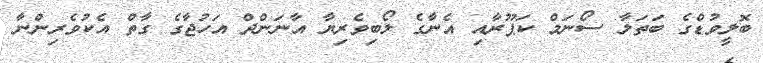
ބޮލީވުޑްގެ ބަތަލާ ސޯނަމް ކަޕޫރާއި އެނާގެ ލޯބިވެރިޔާ އާނަންދް އަހުޖާގެ ގާތް އެކުވެރިންނާ